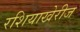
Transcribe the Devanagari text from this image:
रशियाखेरीज